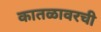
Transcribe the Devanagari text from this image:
कातळावरची